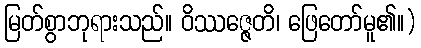
မြတ်စွာဘုရားသည်။ ဝိဿဇ္ဇေတိ၊ ဖြေတော်မူ၏။)